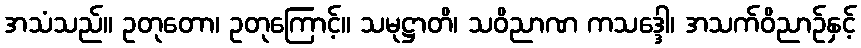
အသံသည်။ ဥတုတော၊ ဥတုကြောင့်။ သမုဋ္ဌာတိ၊ သဝိညာဏ ကသဒ္ဒေါ၊ အသက်ဝိညာဉ်နှင့်